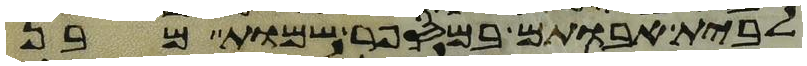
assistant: לבית אבותם במספר שמות מבן